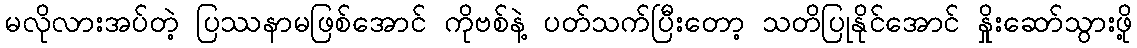
မလိုလားအပ်တဲ့ ပြဿနာမဖြစ်အောင် ကိုဗစ်နဲ့ ပတ်သက်ပြီးတော့ သတိပြုနိုင်အောင် နှိုးဆော်သွားဖို့